Problem: 34 + 25 = ?
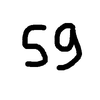
Handwritten answer: 59